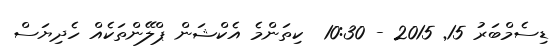
ޑިސެމްބަރު 15